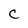
Character: c